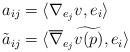
LaTeX: \begin{align*} a_{ij} &= \langle \nabla_{e_j} v, e_i \rangle \\ \tilde{a}_{ij} &= \langle \overline{\nabla}_{e_j} \widetilde{v(p)}, e_i \rangle \end{align*}